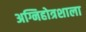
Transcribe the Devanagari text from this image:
अग्निहोत्रशाला